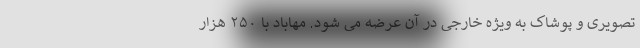
تصویری و پوشاک به ویژه خارجی در آن عرضه می شود. مهاباد با ۲۵۰ هزار